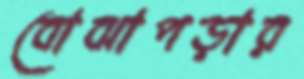
বোঝাপড়ার